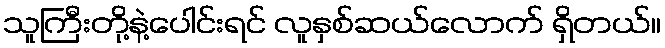
သူကြီးတို့နဲ့ပေါင်းရင် လူနှစ်ဆယ်လောက် ရှိတယ်။